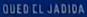
QUED-EL-JADIDA